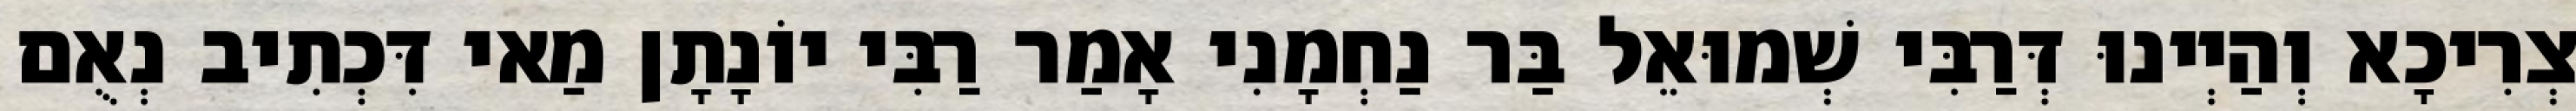
צְרִיכָא וְהַיְינוּ דְּרַבִּי שְׁמוּאֵל בַּר נַחְמָנִי אָמַר רַבִּי יוֹנָתָן מַאי דִּכְתִיב נְאֻם